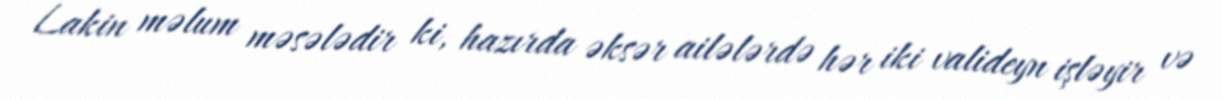
Lakin məlum məsələdir ki, hazırda əksər ailələrdə hər iki valideyn işləyir və